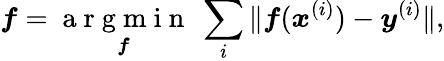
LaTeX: \boldsymbol f=\underset{\boldsymbol f}{\mathrm{~a~r~g~m~i~n~}}~\sum_{i}\| \boldsymbol f(\boldsymbol x^{(i)})-\boldsymbol y^{(i)}\| ,